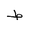
Letter: _da